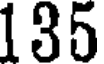
135